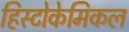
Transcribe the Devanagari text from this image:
हिस्टोकेमिकल